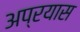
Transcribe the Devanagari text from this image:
अप्रयास